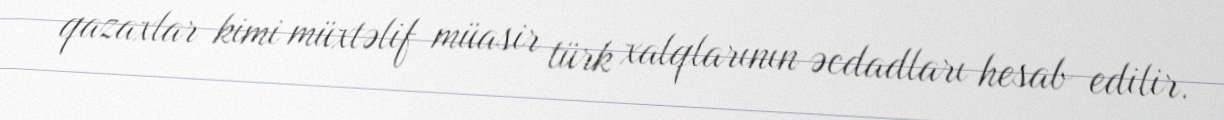
qazaxlar kimi müxtəlif müasir türk xalqlarının əcdadları hesab edilir.